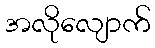
အလိုလျောက်